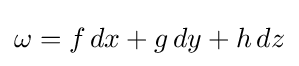
\omega =f\,dx+g\,dy+h\,dz